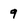
Character: 9